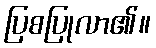
ပြစပြုလာ၏။